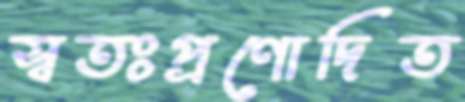
স্বতঃপ্রণোদিত